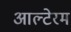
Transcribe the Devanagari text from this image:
आल्टेरम